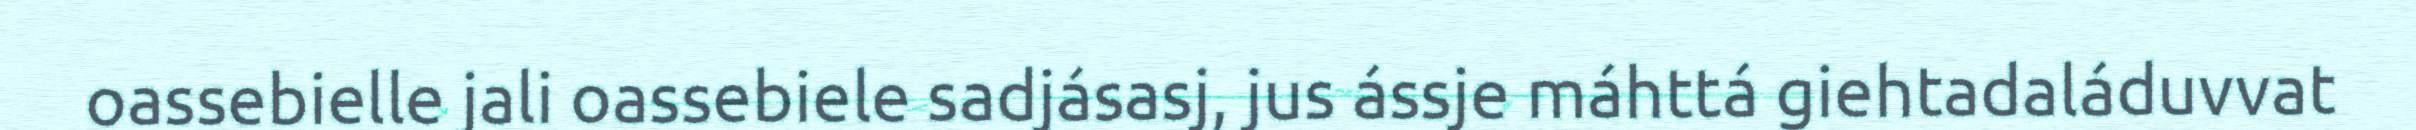
oassebielle jali oassebiele sadjásasj, jus ássje máhttá giehtadaláduvvat